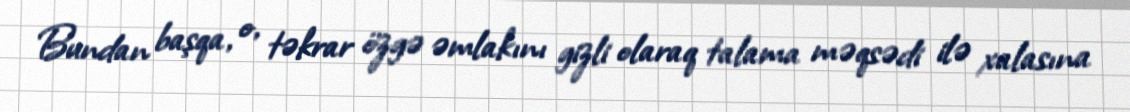
Bundan başqa, o, təkrar özgə əmlakını gizli olaraq talama məqsədi ilə xalasına